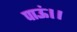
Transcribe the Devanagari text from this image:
पाऊं।।